画像に写った文字を読んでください
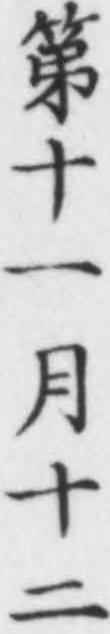
「第十一月十二」と書いてあります